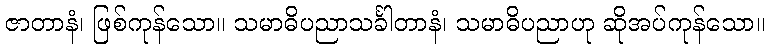
ဇာတာနံ၊ ဖြစ်ကုန်သော။ သမာဓိပညာသင်္ခါတာနံ၊ သမာဓိပညာဟု ဆိုအပ်ကုန်သော။